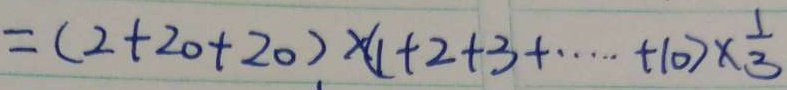
= ( 2 + 2 0 + 2 0 ) \times ( 1 + 2 + 3 + \cdots + 1 0 ) \times \frac { 1 } { 3 }